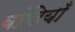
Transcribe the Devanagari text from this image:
बांदियाँ